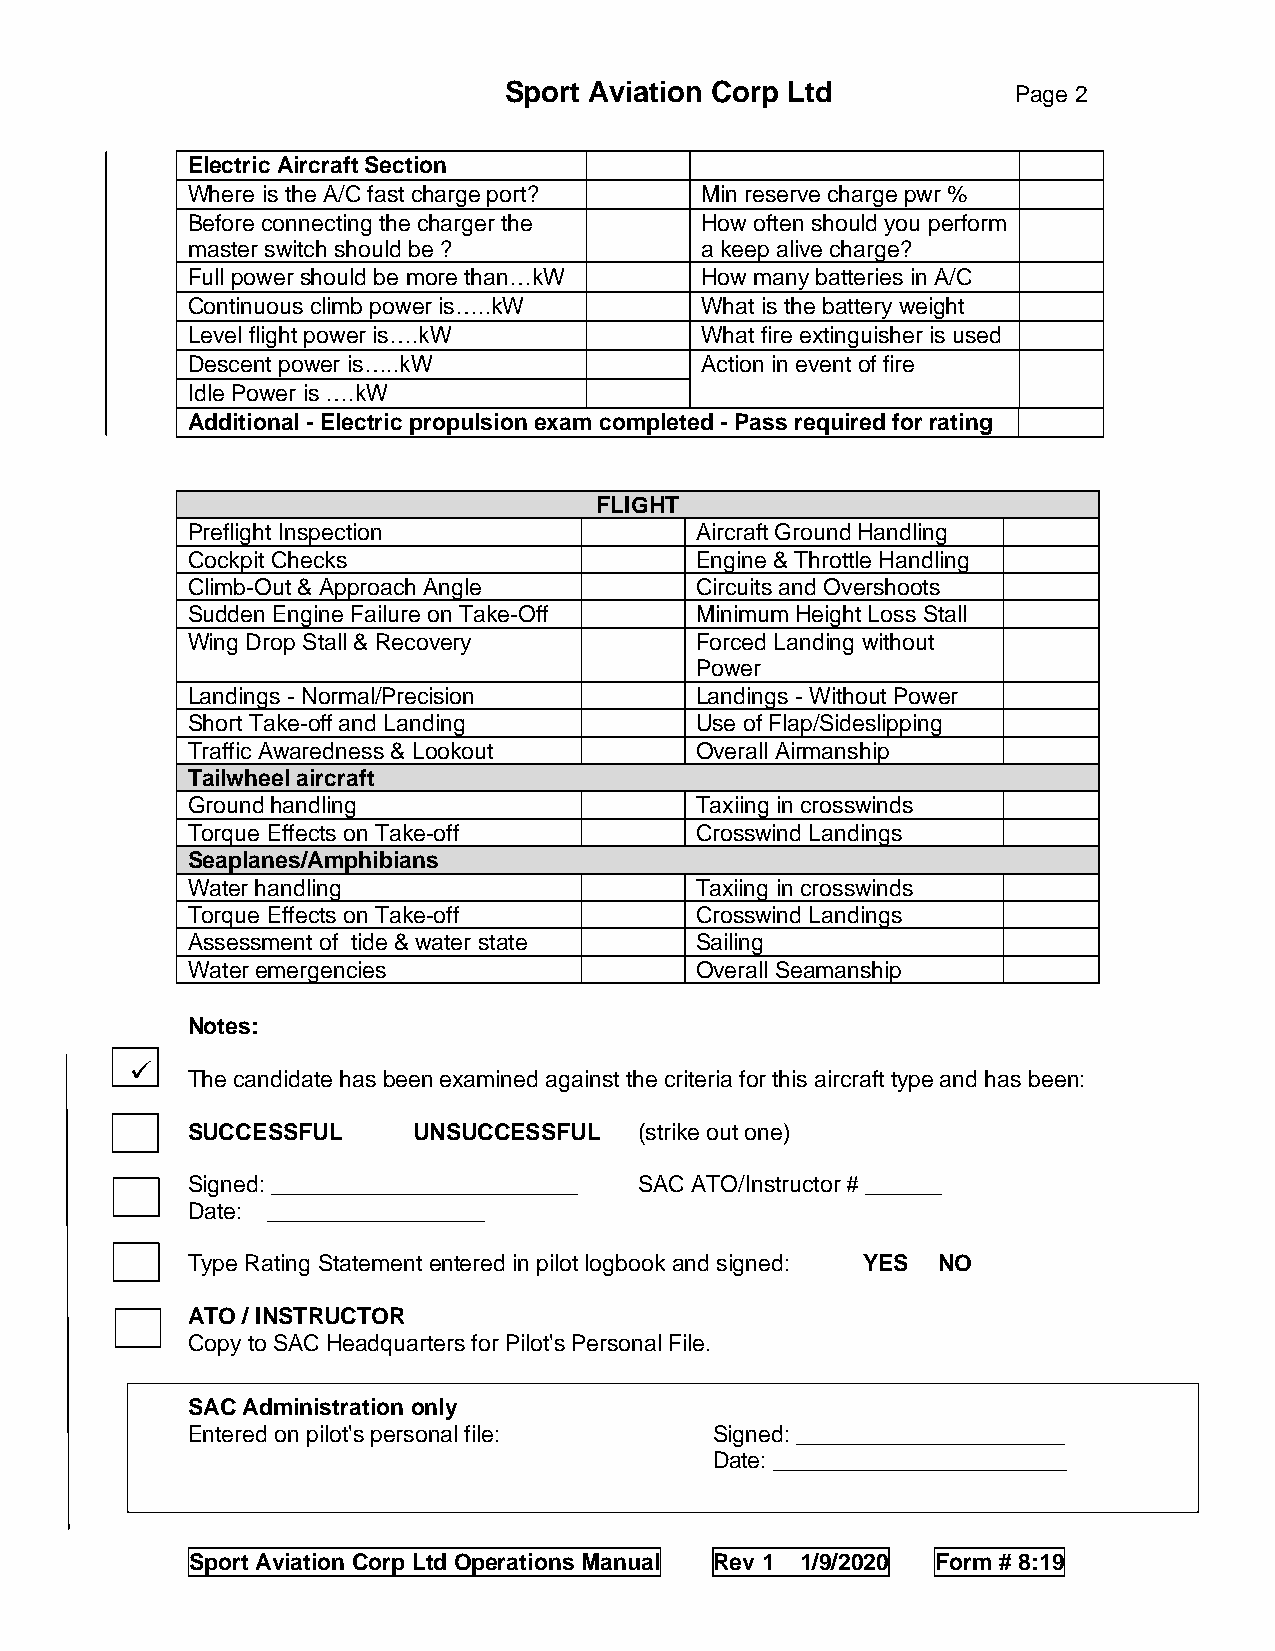
Sport Aviation Corp Ltd           Page 2
 Electric Aircraft Section
 Where is the A/C fast charge port? Min reserve charge pwr %
 Before connecting the charger the How often should you perform
 master switch should be ?         a keep alive charge?
 Full power should be more than…kW How many batteries in A/C
 Continuous climb power is…..kW    What is the battery weight
 Level flight power is….kW         What fire extinguisher is used
 Descent power is…..kW             Action in event of fire
 Idle Power is ….kW
 Additional - Electric propulsion exam completed - Pass required for rating
 FLIGHT
 Preflight Inspection              Aircraft Ground Handling
 Cockpit Checks                    Engine & Throttle Handling
 Climb-Out & Approach Angle        Circuits and Overshoots
 Sudden Engine Failure on Take-Off Minimum Height Loss Stall
 Wing Drop Stall & Recovery        Forced Landing without
 Power
 Landings - Normal/Precision       Landings - Without Power
 Short Take-off and Landing        Use of Flap/Sideslipping
 Traffic Awaredness & Lookout      Overall Airmanship
 Tailwheel aircraft
 Ground handling                   Taxiing in crosswinds
 Torque Effects on Take-off        Crosswind Landings
 Seaplanes/Amphibians
 Water handling                    Taxiing in crosswinds
 Torque Effects on Take-off        Crosswind Landings
 Assessment of tide & water state  Sailing
 Water emergencies                 Overall Seamanship
 Notes:
 ✓
 The candidate has been examined against the criteria for this aircraft type and has been:
 SUCCESSFUL     UNSUCCESSFUL   (strike out one)
 Signed: ________________________ SAC ATO/Instructor # ______
 Date: _________________
 Type Rating Statement entered in pilot logbook and signed: YES NO
 ATO / INSTRUCTOR
 Copy to SAC Headquarters for Pilot's Personal File.
 SAC Administration only
 Entered on pilot's personal file:  Signed: _____________________
 Date: _______________________
 Sport Aviation Corp Ltd Operations Manual Rev 1 1/9/2020 Form # 8:19